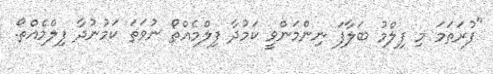
"ފުރަތަމަ މި ފިލްމު ބަލާފަ ނިންމަންވީ ކަމުދާ ފިލްމެއްތޯ ނުވަތަ ކަމުނުދާ ފިލްމެއްތޯ.